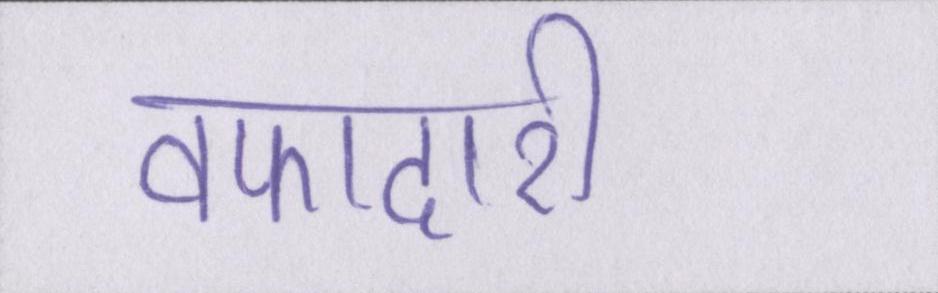
वफादारी